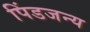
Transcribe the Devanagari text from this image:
पिंडजन्य